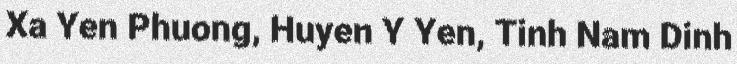
Xa Yen Phuong, Huyen Y Yen, Tinh Nam Dinh